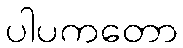
ပါပကတော